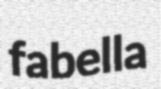
fabella